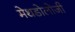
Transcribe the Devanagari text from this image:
मेथडोलोजी